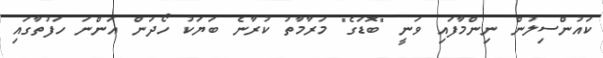
ކައުންސިލުން ނިންމާފައި ވަނީ "ބޮޑަގެ" މަރާމާތު ކުރާނެ ބަޔަކު ހޯދަން އަންނަ ހަފުތާގައި